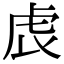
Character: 𧆝